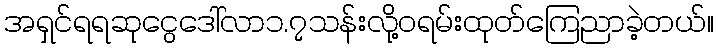
အရှင်ရရဆုငွေဒေါ်လာ၁.၇သန်းလို့ဝရမ်းထုတ်ကြေညာခဲ့တယ်။